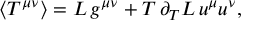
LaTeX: \langle T ^ { \mu \nu } \rangle = { \cal L } \, g ^ { \mu \nu } + T \, \partial _ { T } { \cal L } \, u ^ { \mu } u ^ { \nu } ,